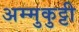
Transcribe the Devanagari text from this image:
अम्मुकुट्टी